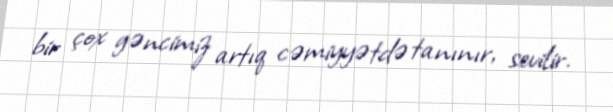
bir çox gəncimiz artıq cəmiyyətdə tanınır, sevilir.